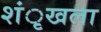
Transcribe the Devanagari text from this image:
शंृखला